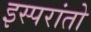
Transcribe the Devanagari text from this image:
इस्परांतो